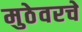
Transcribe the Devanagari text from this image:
मुठेवरचे